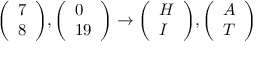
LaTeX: { \left( \begin{array} { l } { 7 } \\ { 8 } \end{array} \right) } , { \left( \begin{array} { l } { 0 } \\ { 1 9 } \end{array} \right) } \to { \left( \begin{array} { l } { H } \\ { I } \end{array} \right) } , { \left( \begin{array} { l } { A } \\ { T } \end{array} \right) }